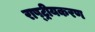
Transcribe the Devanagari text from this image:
राष्‍ट्रीयकरण